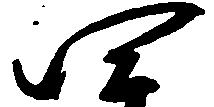
四